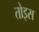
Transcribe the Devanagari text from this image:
तोइस